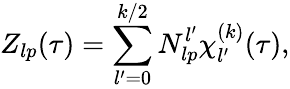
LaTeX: Z_{lp}(\tau)=\sum_{l^{\prime}=0}^{k/2}N_{lp}^{l^{\prime}}\chi_{l^{\prime}}^{(k)}(\tau),